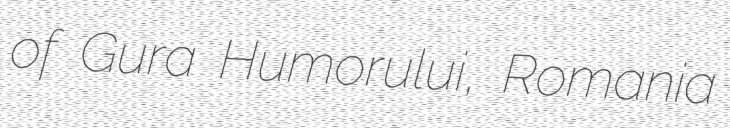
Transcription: of Gura Humorului, Romania